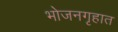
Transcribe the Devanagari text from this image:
भोजनगृहात